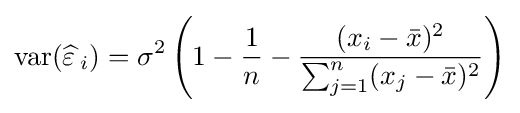
\operatorname {var} ({\widehat {\varepsilon \,}}_{i})=\sigma ^{2}\left(1-{\frac {1}{n}}-{\frac {(x_{i}-{\bar {x}})^{2}}{\sum _{j=1}^{n}(x_{j}-{\bar {x}})^{2}}}\right)